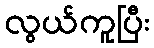
လွယ်ကူပြီး